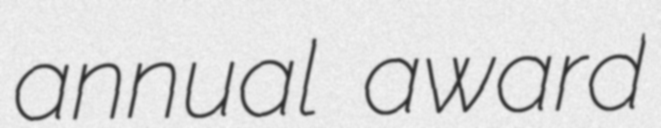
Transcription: annual award